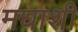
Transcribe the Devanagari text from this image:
मघाशी